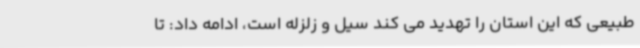
طبیعی که این استان را تهدید می کند سیل و زلزله است، ادامه داد: تا